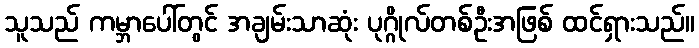
သူသည် ကမ္ဘာပေါ်တွင် အချမ်းသာဆုံး ပုဂ္ဂိုလ်တစ်ဦးအဖြစ် ထင်ရှားသည်။